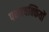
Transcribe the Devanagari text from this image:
पवनचक्कियों